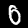
Label: 0